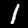
Label: 1